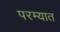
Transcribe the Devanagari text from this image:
परम्यात